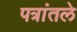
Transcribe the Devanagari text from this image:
पत्रांतले